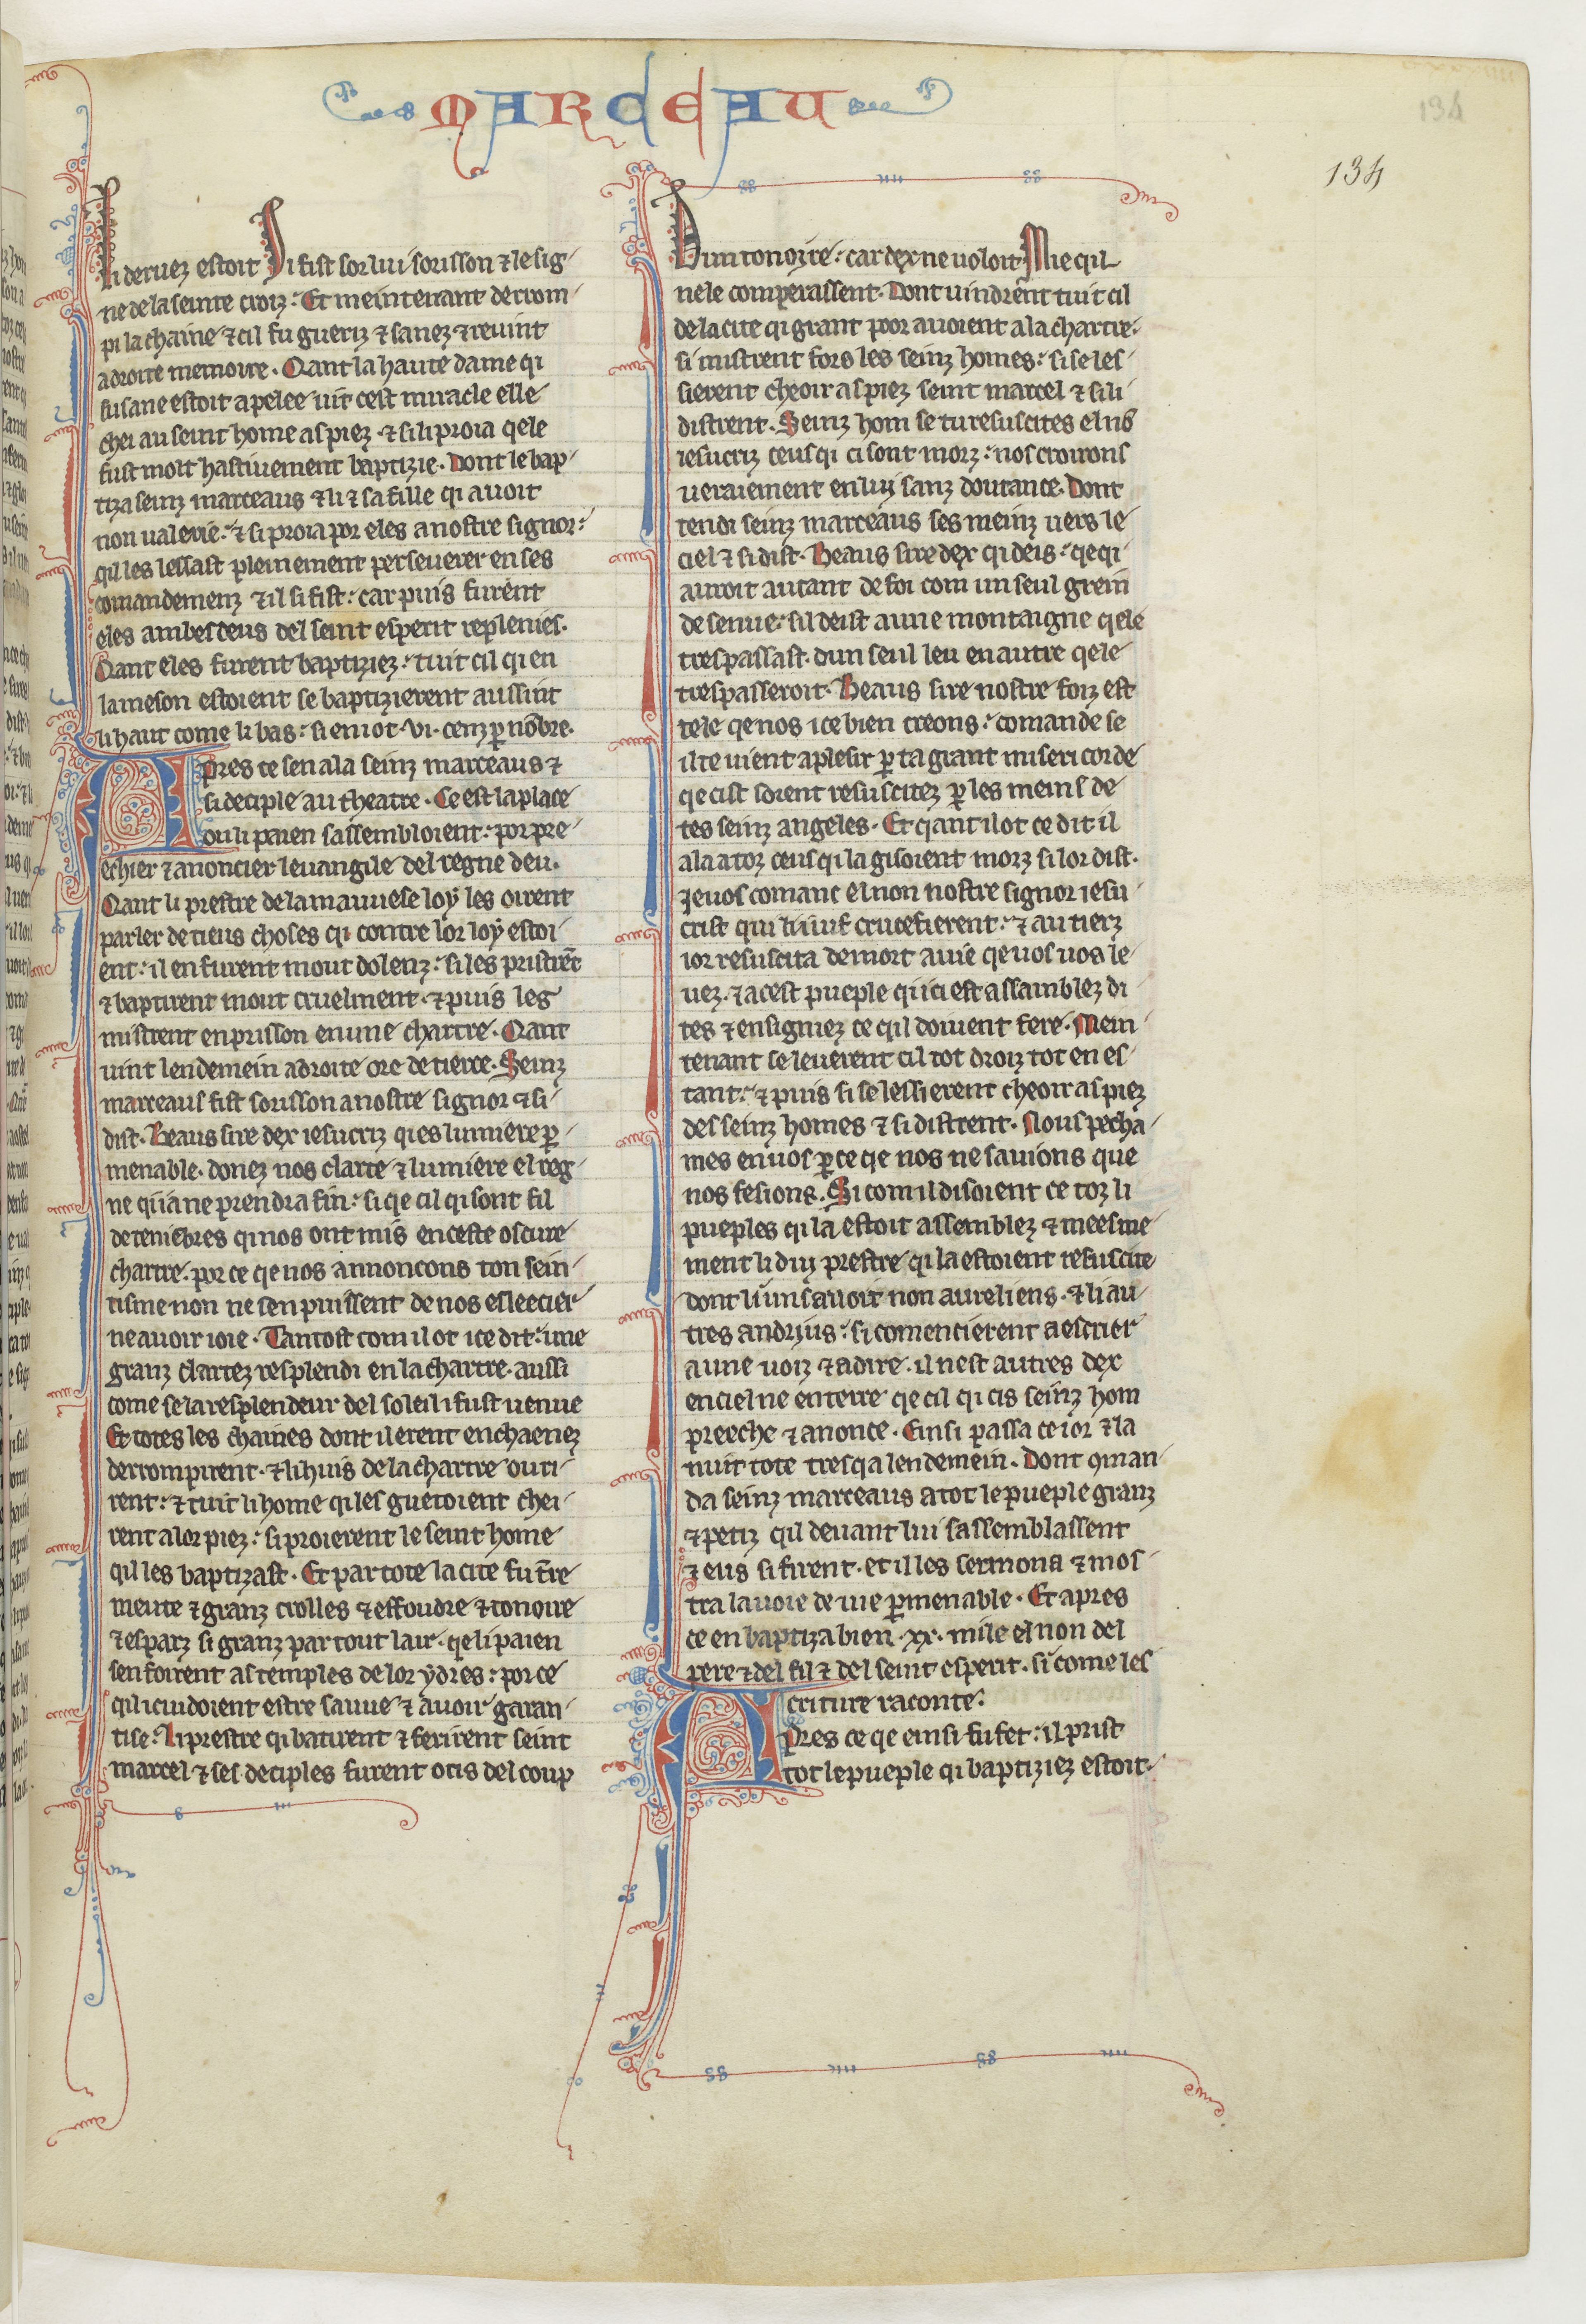
Shelfmark: Paris, BnF, fr. 412
Century: 13